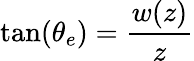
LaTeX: \tan(\theta_{e})=\frac{w(z)}{z}